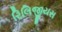
રિલિજીયસ